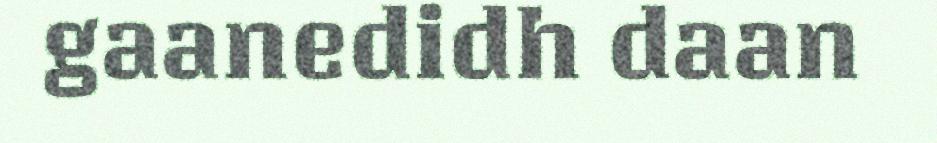
gaanedidh daan